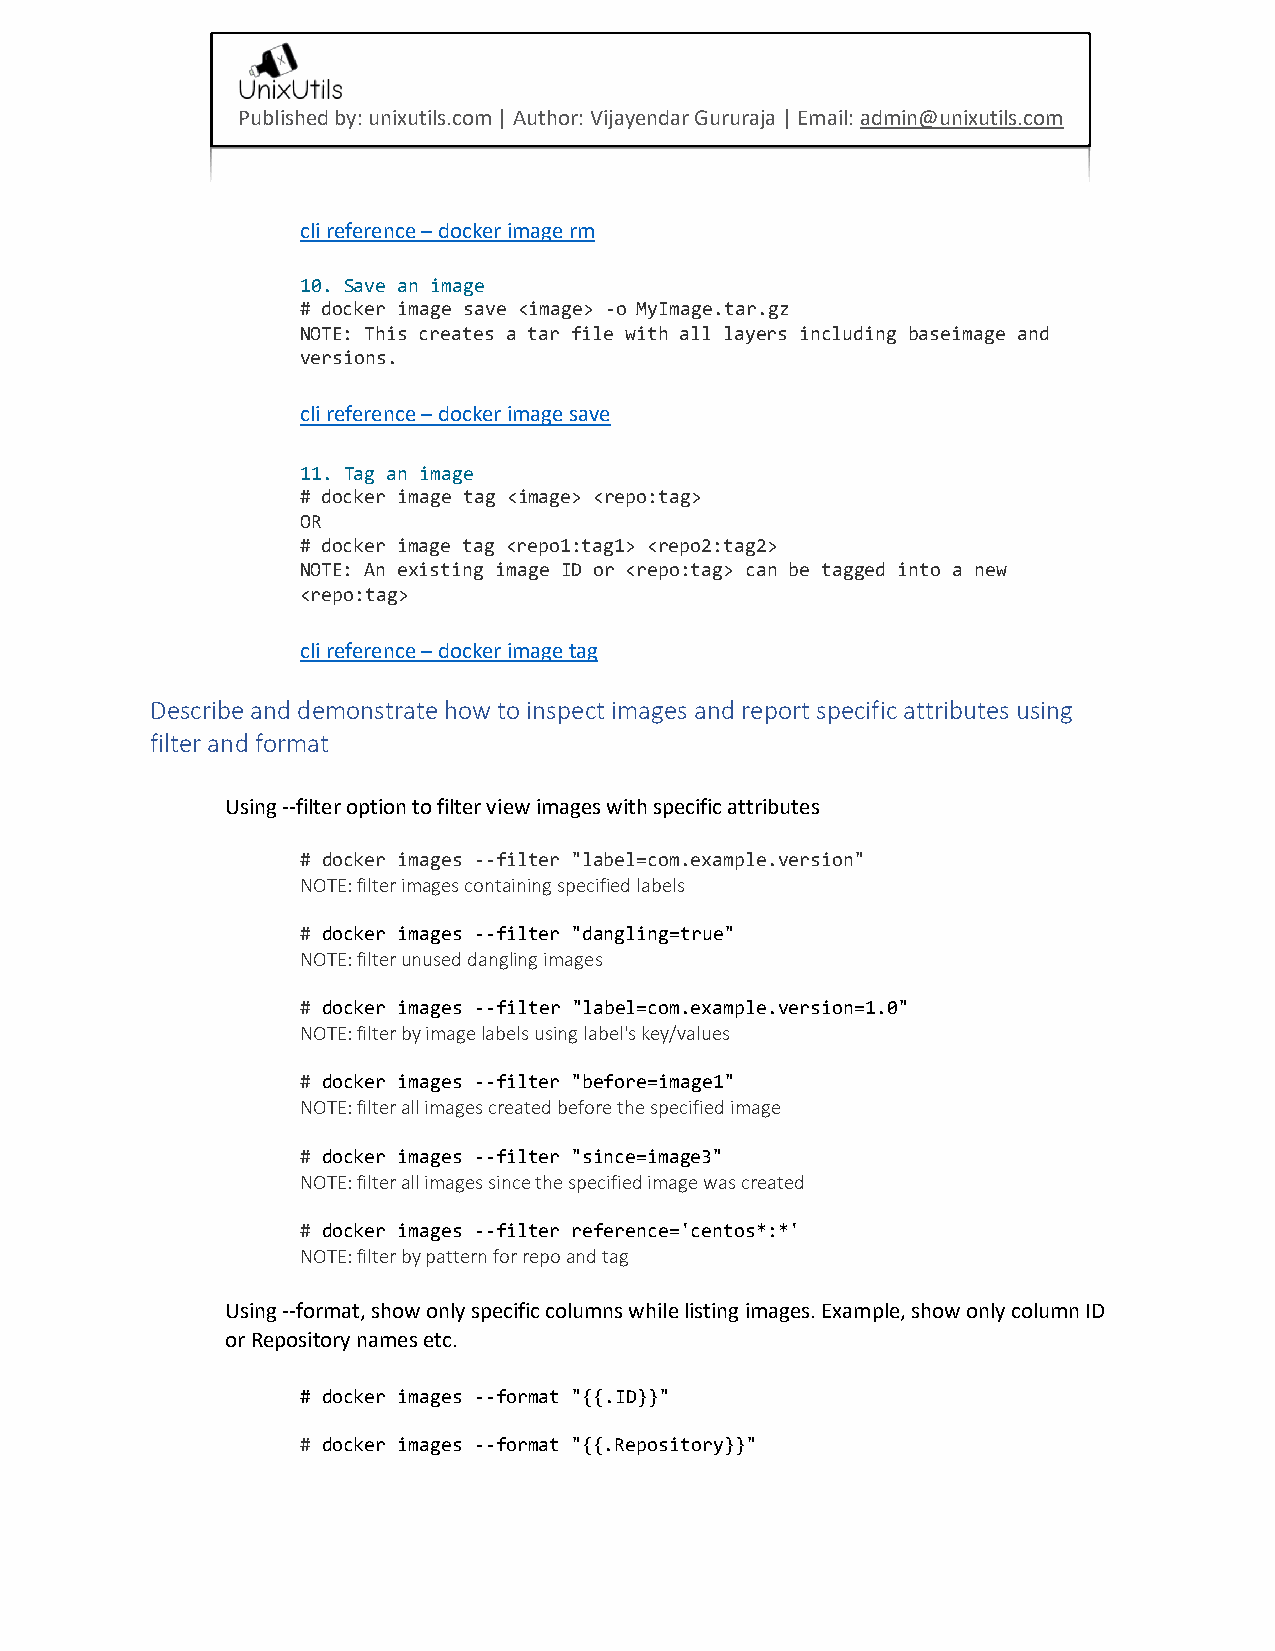
Published by: unixutils.com | Author: Vijayendar Gururaja | Email: admin@unixutils.com
 cli reference – docker image rm
 10. Save an image
 # docker image save  -o MyImage.tar.gz
 NOTE: This creates a tar file with all layers including baseimage and
 versions.
 cli reference – docker image save
 11. Tag an image
 # docker image tag  <repo:tag>
 OR
 # docker image tag <repo1:tag1> <repo2:tag2>
 NOTE: An existing image ID or <repo:tag> can be tagged into a new
 <repo:tag>
 cli reference – docker image tag
 Describe and demonstrate how to inspect images and report specific attributes using
 filter and format
 Using --filter option to filter view images with specific attributes
 # docker images --filter "label=com.example.version"
 NOTE: filter images containing specified labels
 # docker images --filter "dangling=true"
 NOTE: filter unused dangling images
 # docker images --filter "label=com.example.version=1.0"
 NOTE: filter by image labels using label's key/values
 # docker images --filter "before=image1"
 NOTE: filter all images created before the specified image
 # docker images --filter "since=image3"
 NOTE: filter all images since the specified image was created
 # docker images --filter reference='centos*:*'
 NOTE: filter by pattern for repo and tag
 Using --format, show only specific columns while listing images. Example, show only column ID
 or Repository names etc.
 # docker images --format "{{.ID}}"
 # docker images --format "{{.Repository}}"